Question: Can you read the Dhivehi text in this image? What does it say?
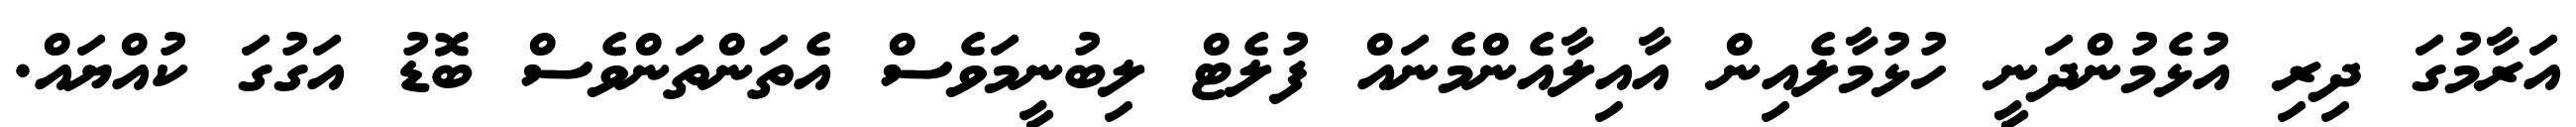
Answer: އަރާމުގަ ދިރި އުޅެމުންދަނީ ހުޅުމާލެއިން އާއިލާއެންމެނައް ފުލެޓް ލިބުނީމަވެސް އެތަންތަންވެސް ބޮޑު އަގުގަ ކުއްޔައް.